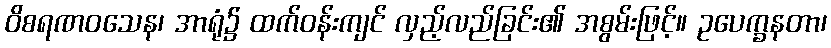
ဝိစရဏဝသေန၊ အာရုံ၌ ထက်ဝန်းကျင် လှည့်လည်ခြင်း၏ အစွမ်းဖြင့်။ ဥပေက္ခနတာ၊